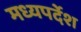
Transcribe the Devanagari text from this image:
मध्यपर्देश